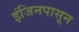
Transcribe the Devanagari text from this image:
इंजिनपासून